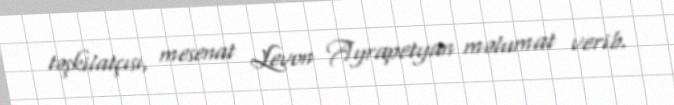
təşkilatçısı, mesenat Levon Ayrapetyan məlumat verib.